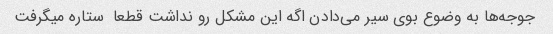
جوجه‌ها به وضوع بوی سیر می‌دادن اگه این مشکل رو نداشت قطعا  ستاره میگرفت